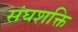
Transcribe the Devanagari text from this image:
संघशक्ति